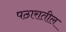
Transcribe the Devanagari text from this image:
पठारातील